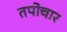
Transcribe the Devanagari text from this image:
तपोचार